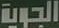
الجویە